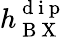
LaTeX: h_{\mathrm{~B~X~}}^{\mathrm{~d~i~p~}}